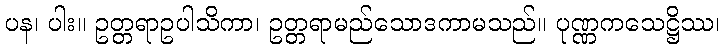
ပန၊ ပါး။ ဥတ္တရာဥပါသိကာ၊ ဥတ္တရာမည်သောဒကာမသည်။ ပုဏ္ဏကသေဋ္ဌိဿ၊